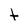
Character: t